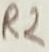
Text: R2